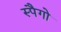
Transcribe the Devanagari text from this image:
स्पैगो